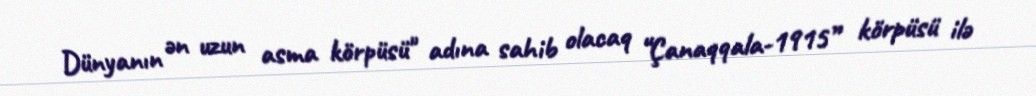
Dünyanın ən uzun asma körpüsü" adına sahib olacaq “Çanaqqala-1915” körpüsü ilə